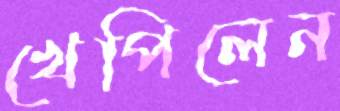
খেপিলেন